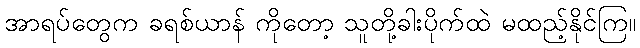
အာရပ်တွေက ခရစ်ယာန် ကိုတော့ သူတို့ခါးပိုက်ထဲ မထည့်နိုင်ကြ။